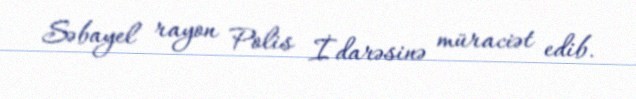
Səbayel rayon Polis İdarəsinə müraciət edib.